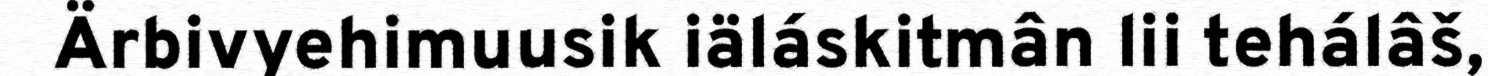
Ärbivyehimuusik iäláskitmân lii tehálâš,